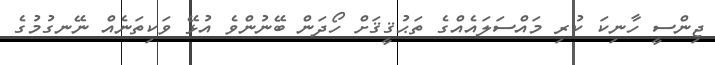
ޖިންސީ ހާނިކަ ކުރި މައްސަލައެއްގެ ތަޙުޤީޤަށް ހޯދަން ބޭނުންވެ އުޅޭ ވަކިތަނެއް ނޭނގުމުގެ